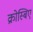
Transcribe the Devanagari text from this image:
क्रोस्बिए